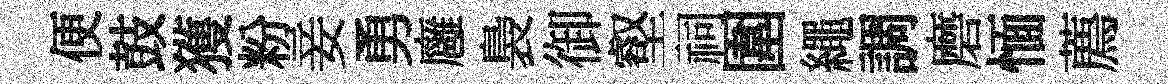
便鼓獲粉妾勇廱裊御壑祠圍繩調磨愐薦